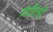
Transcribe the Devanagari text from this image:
मंदीतही